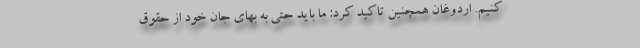
کنیم. اردوغان همچنین تاکید کرد: ما باید حتی به بهای جان خود از حقوق